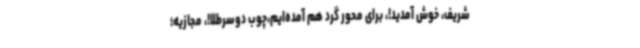
شریف، خوش آمدید!، برای محور گرد هم آمده‌ایم،چوب دوسرطلا!، مجازیه؛